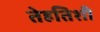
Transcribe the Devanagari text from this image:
तेहतिशी